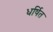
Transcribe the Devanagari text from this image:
धर्षित